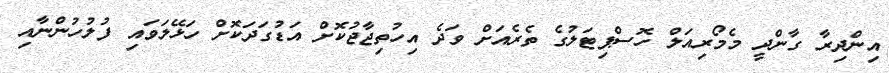
އިންދިރާ ގާންދީ މެމޯރިއަލް ހޮސްޕިޓަލުގެ ތެރެއަށް ވަދެ އިހުތިޖާޖުކޮށް އަޑުގަދަކޮށް ހަޅޭލަވައި ފުލުުހުންނާއި